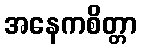
အနေကစိတ္တာ